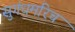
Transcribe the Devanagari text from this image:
सुगंधमरिच